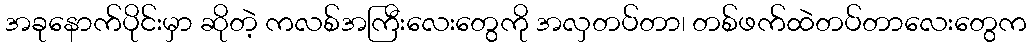
အခုနောက်ပိုင်းမှာ ဆိုတဲ့ ကလစ်အကြီးလေးတွေကို အလှတပ်တာ၊ တစ်ဖက်ထဲတပ်တာလေးတွေက